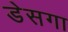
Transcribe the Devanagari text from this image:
डेसगा